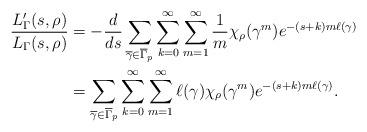
LaTeX: \begin{align*}\frac{L_{\Gamma}'(s,\rho)}{L_{\Gamma}(s,\rho)} &= - \frac{d}{ds} \sum_{\overline{\gamma}\in \overline{\Gamma}_{p}} \sum_{k=0}^{\infty} \sum_{m=1}^{\infty} \frac{1}{m}\chi_{\rho}(\gamma^{m})e^{-(s+k)m\ell(\gamma)}\\&= \sum_{\overline{\gamma}\in \overline{\Gamma}_{p}} \sum_{k=0}^{\infty} \sum_{m=1}^{\infty} \ell(\gamma)\chi_{\rho}(\gamma^{m})e^{-(s+k)m\ell(\gamma)}.\end{align*}